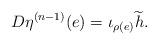
LaTeX: \begin{gather*}D \eta^{(n-1)}(e) = \iota_{\rho(e)} \widetilde{h}.\end{gather*}